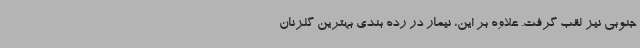
جنوبی نیز لقب گرفت. علاوه بر این، نیمار در رده بندی بهترین گلزنان